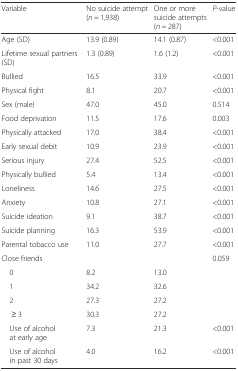
| Variable | No suicide attempt (n = 1,938) | One or more suicide attempts (n = 287) | P-value |
 | --- | --- | --- | --- |
 | Age (SD) | 13.9 (0.89) | 14.1 (0.87) | <0.001 |
 | Lifetime sexual partners (SD) | 1.3 (0.89) | 1.6 (1.2) | <0.001 |
 | Bullied | 16.5 | 33.9 | <0.001 |
 | Physical fight | 8.1 | 20.7 | <0.001 |
 | Sex (male) | 47.0 | 45.0 | 0.514 |
 | Food deprivation | 11.5 | 17.6 | 0.003 |
 | Physically attacked | 17.0 | 38.4 | <0.001 |
 | Early sexual debit | 10.9 | 23.9 | <0.001 |
 | Serious injury | 27.4 | 52.5 | <0.001 |
 | Physically bullied | 5.4 | 13.4 | <0.001 |
 | Loneliness | 14.6 | 27.5 | <0.001 |
 | Anxiety | 10.8 | 27.1 | <0.001 |
 | Suicide ideation | 9.1 | 38.7 | <0.001 |
 | Suicide planning | 16.3 | 53.9 | <0.001 |
 | Parental tobacco use | 11.0 | 27.7 | <0.001 |
 | <COLSPAN=3> Close friends | 0.059 |
 | 0 | 8.2 | 13.0 |  |
 | 1 | 34.2 | 32.6 |  |
 | 2 | 27.3 | 27.2 |  |
 | ≥ 3 | 30.3 | 27.2 |  |
 | Use of alcohol at early age | 7.3 | 21.3 | <0.001 |
 | Use of alcohol in past 30 days | 4.0 | 16.2 | <0.001 |